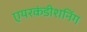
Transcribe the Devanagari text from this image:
एयरकंडीशनिंग